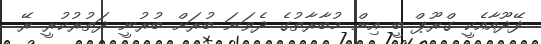
ފޭދޫއާއެކީ ގްރޫޕް ބީ އިން މުބާރާތުގެ ދެވަނަ ބުރަށް ބުރުނީ ދަތުރުކުރީ ރޭ